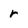
Character: r